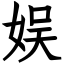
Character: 娱